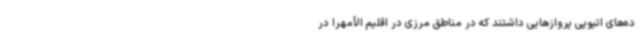
ده‌های اتیوپی پروازهایی داشتند که در مناطق مرزی در اقلیم الأمهرا در